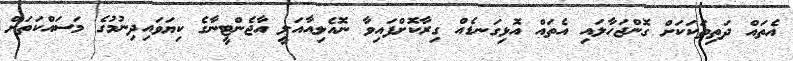
އެތައް ދަތިތަކަކަށް ގޮންޖަހާލައި އެތައް އޮޅިގަނޑެއް ގިރާކޮށްފައިވާ ނޮއެލިއާއަލީ އާޖެންޓީނާގެ ކިޔަވައިދިނުމުގެ މަސައްކަތަށް